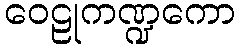
ဝေဠုကဏ္ဍကော